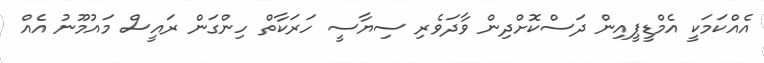
އެއްކަމަކީ އެމްޑީޕީއިން ދަސްކޮށްދިން ވާދަވެރި ސިޔާސީ ހަރަކާތް ހިންގަން ރައީސް މައުމޫނު އެެއް